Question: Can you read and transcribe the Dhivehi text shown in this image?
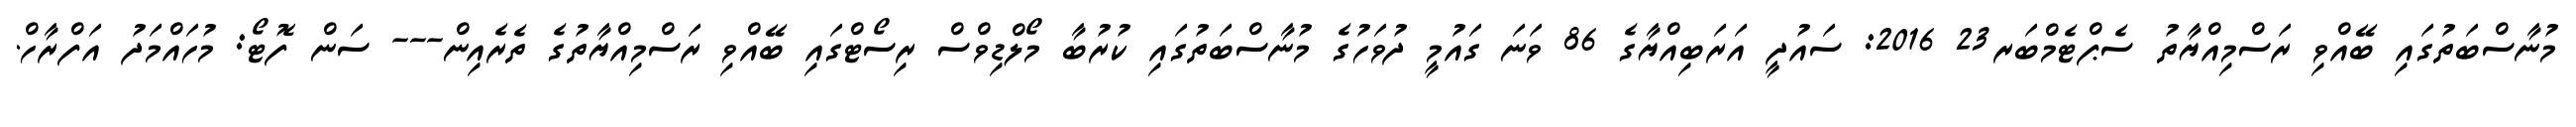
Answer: މުނާސްބަތުގައި ބޭއްވި ރަސްމިއްޔާތު ސެޕްޓެމްބަރ23 2016: ސައުދީ އަރަބިއްޔާގެ 86 ވަނަ ގައުމީ ދުވަހުގެ މުނާސްބަތުގައި ކުރުބާ މޯލްޑިވްސް ރިސޯޓްގައި ބޭއްވި ރަސްމިއްޔާތުގެ ތެރެއިން--- ސަން ފޮޓޯ: މުހައްމަދު އަފްރާހް.